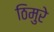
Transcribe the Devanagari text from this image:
ठिमुरे